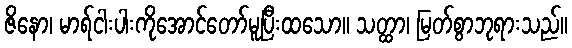
ဇိနော၊ မာရ်ငါးပါးကိုအောင်တော်မူပြီးထသော။ သတ္ထာ၊ မြတ်စွာဘုရားသည်။